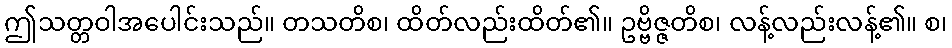
ဤသတ္တဝါအပေါင်းသည်။ တသတိစ၊ ထိတ်လည်းထိတ်၏။ ဥဗ္ဗိဇ္ဇတိစ၊ လန့်လည်းလန့်၏။ စ၊